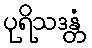
ပုရိသဒန္တံ